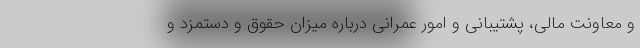
و معاونت مالی، پشتیبانی و امور عمرانی درباره میزان حقوق و دستمزد و